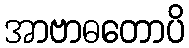
အာဗာဓတောပိ